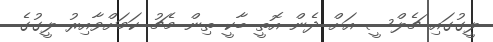
ލީގުގައި ޗެލްސީ އަށް ދެން އޮތީ ބާކީ ތިން މެޗު ކަމަށްވާއިރު ލީގުގެ